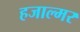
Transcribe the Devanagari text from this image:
हजाल्मर